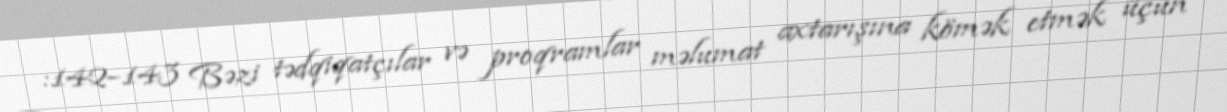
:142–143 Bəzi tədqiqatçılar və proqramlar məlumat axtarışına kömək etmək üçün